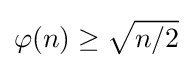
\varphi (n)\geq {\sqrt {n/2}}